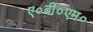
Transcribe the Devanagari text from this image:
ए०बी०एम०